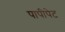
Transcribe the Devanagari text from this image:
पापीपेट